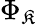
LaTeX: \Phi_{\mathfrak{K}}